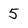
Character: 5